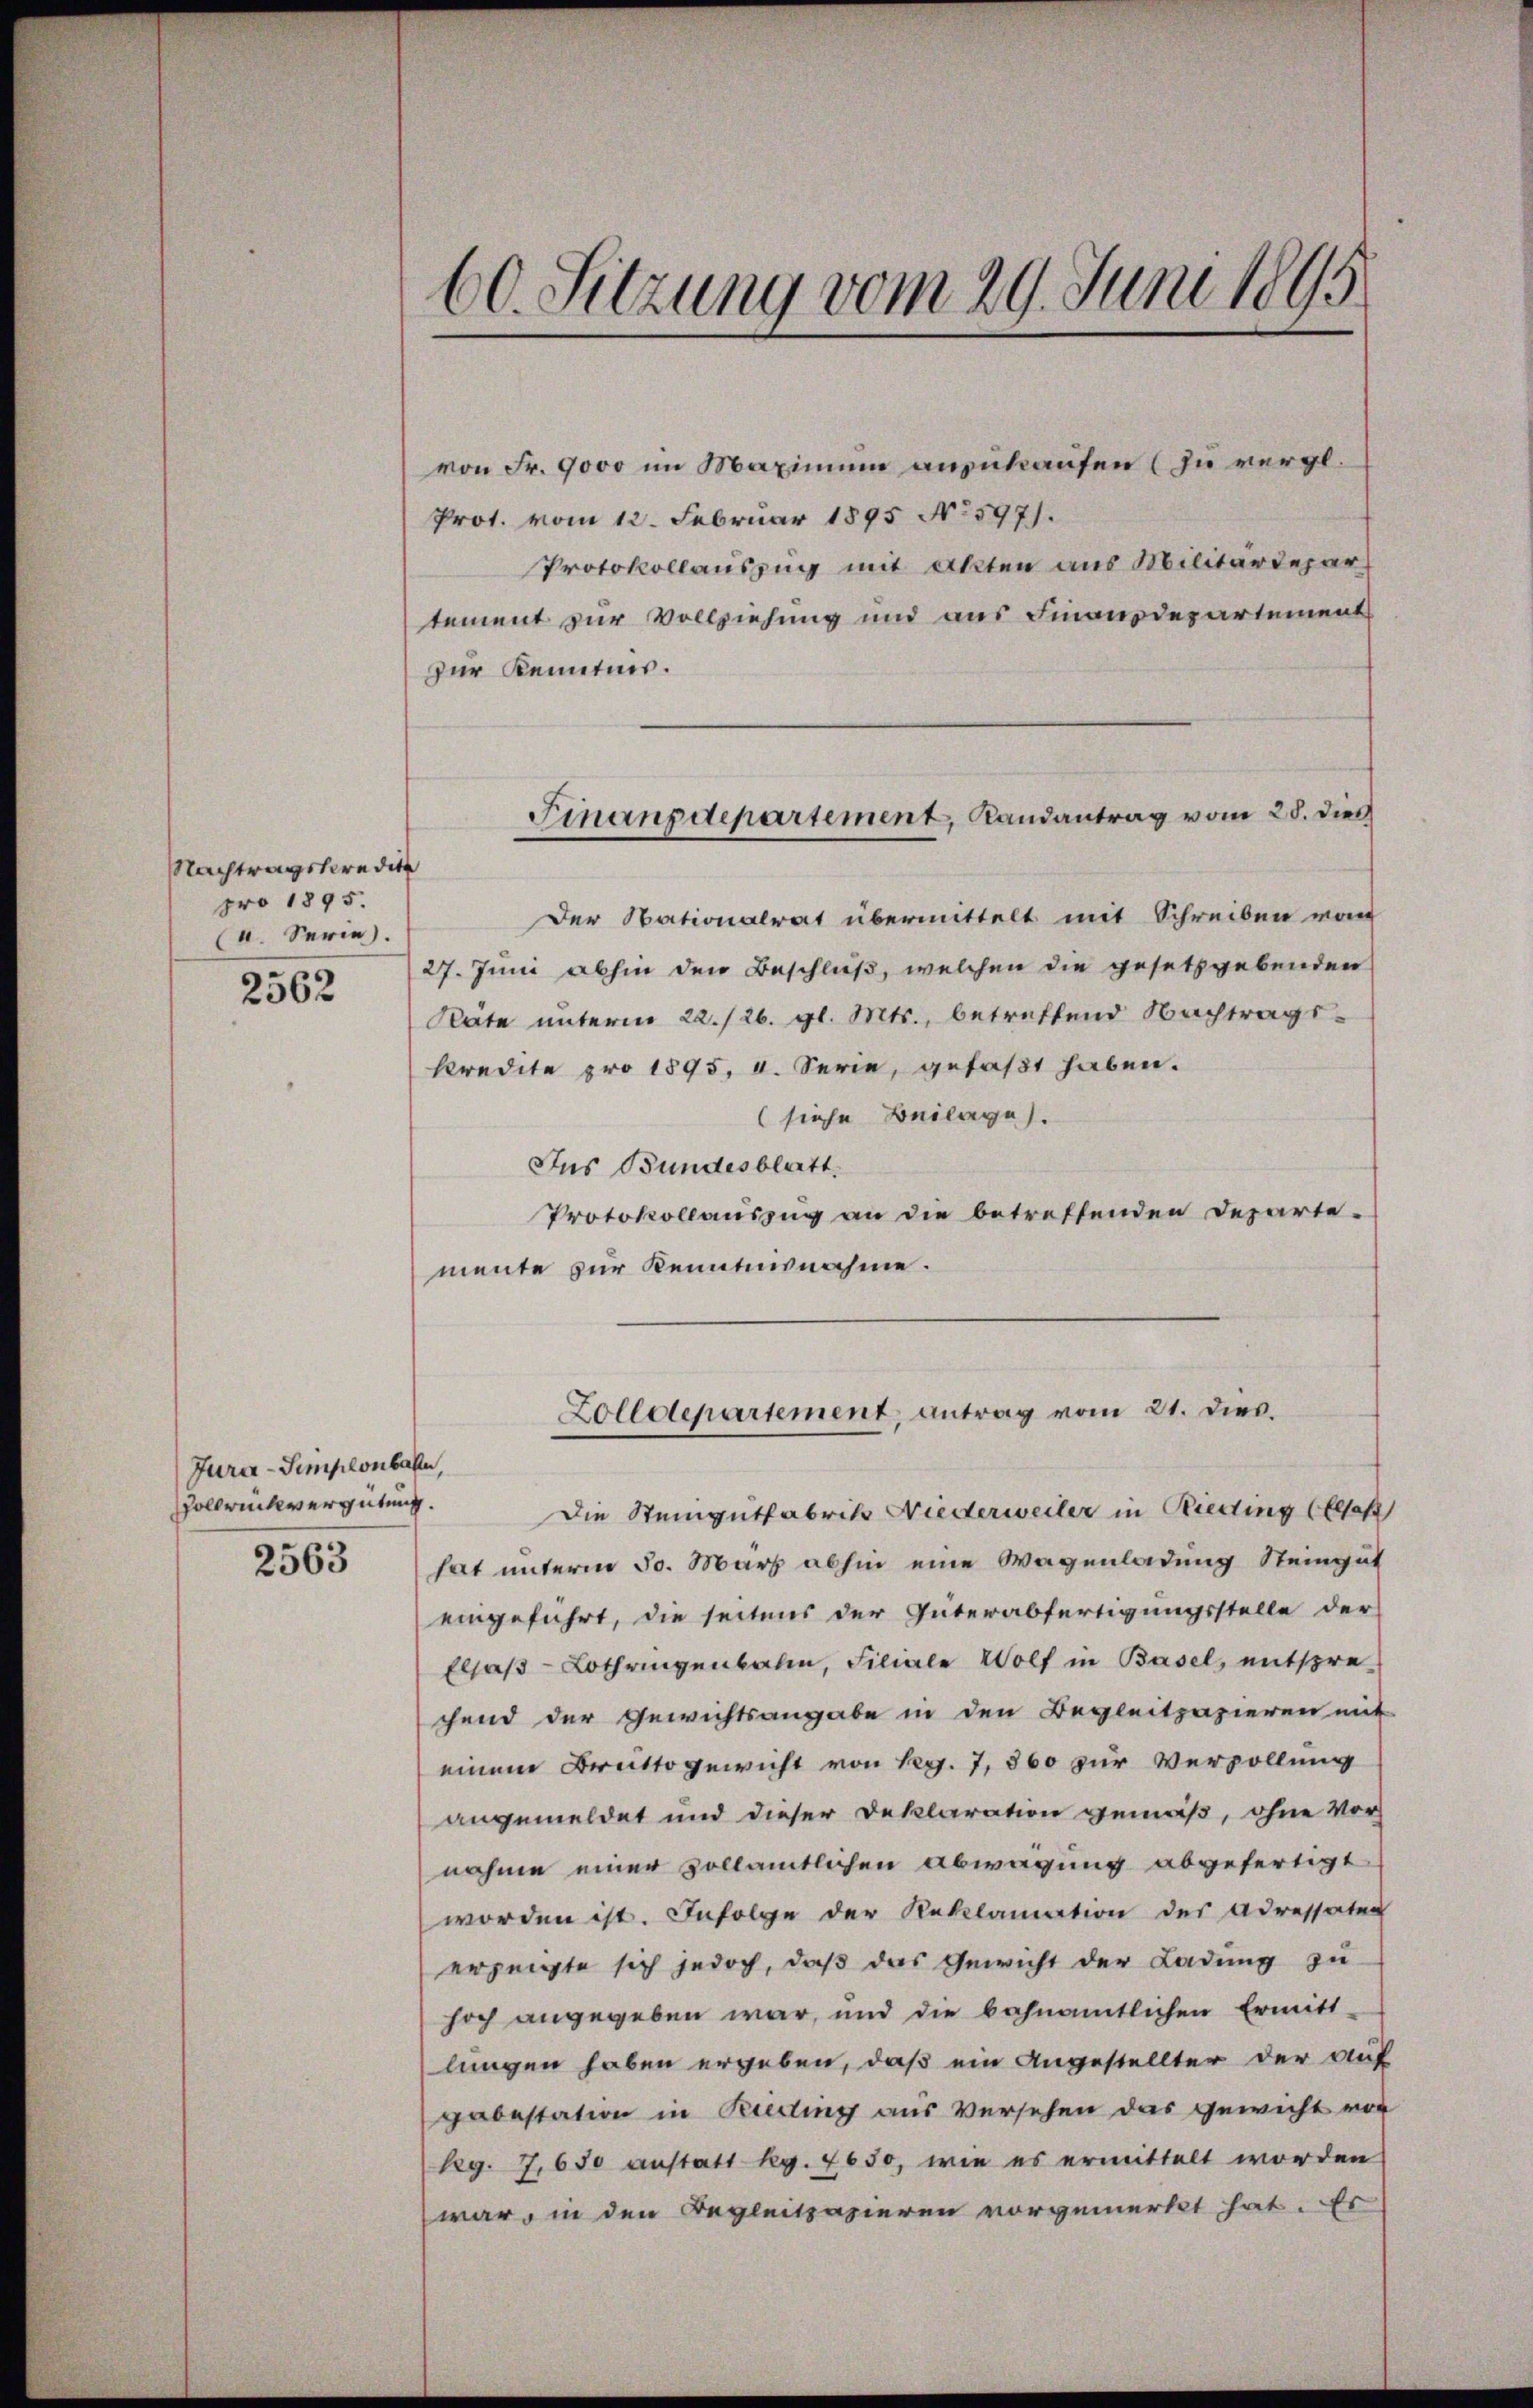
Nachtragskredite
pro 1895.
(4. Serie.

2562

Jura-Simplonbahn,
Hollrückvergütung.

2563

60. Sitzung vom 29. Juni 1895

von Fr. 9000 im Maximum anzukaufen (zu vergl.
Prot. vom 12. Februar 1895 No 597.
Protokollauszug mit Akten aus Militärdepar
tement zur Vollziehung und aus Finanzdepartement
zur Kenntnis.
Der Nationalrat übermittelt mit Schreiben von
27. Juni abhin den Beschluß, welchen die gesetzgebenden
Rate unterm 22./26. gl. Mts., betreffend Nachtragskredite pro 1895, I. Serie, gefaßt haben.
(siehe Beilage.
Ins Bundesblatt.
Protokollauszug an die betreffenden Departe-
mente zur Kenntnisnahme.

Finanzdepartement, Randantrag vom 28. dies

Die Steingutfabriko Niederweiler in Rietting (Elsoh
hat unterm 30. März abhin eine Wagenladung Steingut
eingeführt, die seitens der Güterabfertigungsstelle der
Elsaß-Lothringenbalm, Filiale Wolf in Basel, entspre-
chend der Gewichtsangabe in den Begleitpapieren mit
einem Brutto gewicht von Reg. 7, 860 zur Verpollung
angemeldet und dieser Deklaration gemäß, ohne Vor
nahme einer vollamtlichen Abwägung abgefertigt.
worden ist. Infolge der Reklamation des Adressaten
erzeigte sich jedoch, daß das Gewicht der Ladung zu
hoch angegeben war, und die bahnamtlichen Ermitt-
lungen haben ergeben, daß ein Angestellter der auf
pabestation in Friedling aus Versehen das gewicht vor
Rg. 7. 650 anstatt Rg. 7650, wie es ermittelt worden
war, in den Begleitpapieren vorgemerkt hat. Er

Zolldepartement, antrag vom 21. dies.